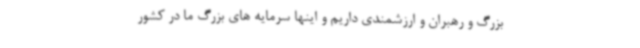
بزرگ و رهبران و ارزشمندی داریم و اینها سرمایه های بزرگ ما در کشور